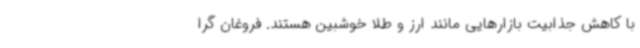
با کاهش جذابیت بازارهایی مانند ارز و طلا خوشبین هستند. فروغان گرا